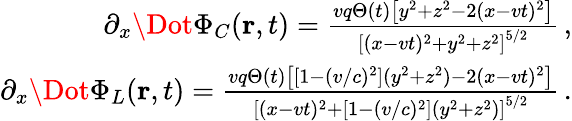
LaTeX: \begin{array}{r}{\partial_{x}\Dot{\Phi}_{C}({\mathbf r},t)=\frac{vq\Theta(t)\left[y^{2}+z^{2}-2(x-vt)^{2}\right]}{\left[(x-vt)^{2}+y^{2}+z^{2}\right]^{5/2}}\, ,}\\ {\partial_{x}\Dot{\Phi}_{L}({\mathbf r},t)=\frac{vq\Theta(t)\left[[1-(v/c)^{2}](y^{2}+z^{2})-2(x-vt)^{2}\right]}{\left[(x-vt)^{2}+[1-(v/c)^{2}](y^{2}+z^{2})\right]^{5/2}}\, .}\end{array}